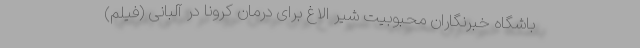
باشگاه خبرنگاران محبوبیت شیر الاغ برای درمان کرونا در آلبانی (فیلم)